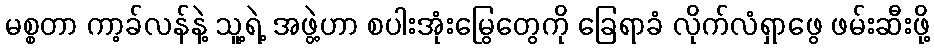
မစ္စတာ ကာ့ခ်လန်နဲ့ သူ့ရဲ့ အဖွဲ့ဟာ စပါးအုံးမြွေတွေကို ခြေရာခံ လိုက်လံရှာဖွေ ဖမ်းဆီးဖို့